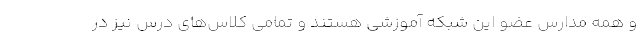
و همه مدارس عضو این شبکه آموزشی هستند و تمامی کلاس‌های درس نیز در